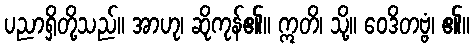
ပညာရှိတို့သည်။ အာဟု၊ ဆိုကုန်၏။ ဣတိ၊ သို့။ ဝေဒိတဗ္ဗံ၊ ၏။